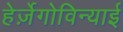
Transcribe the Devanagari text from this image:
हेर्ज़ेगोविन्याई